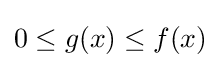
0\leq g(x)\leq f(x)